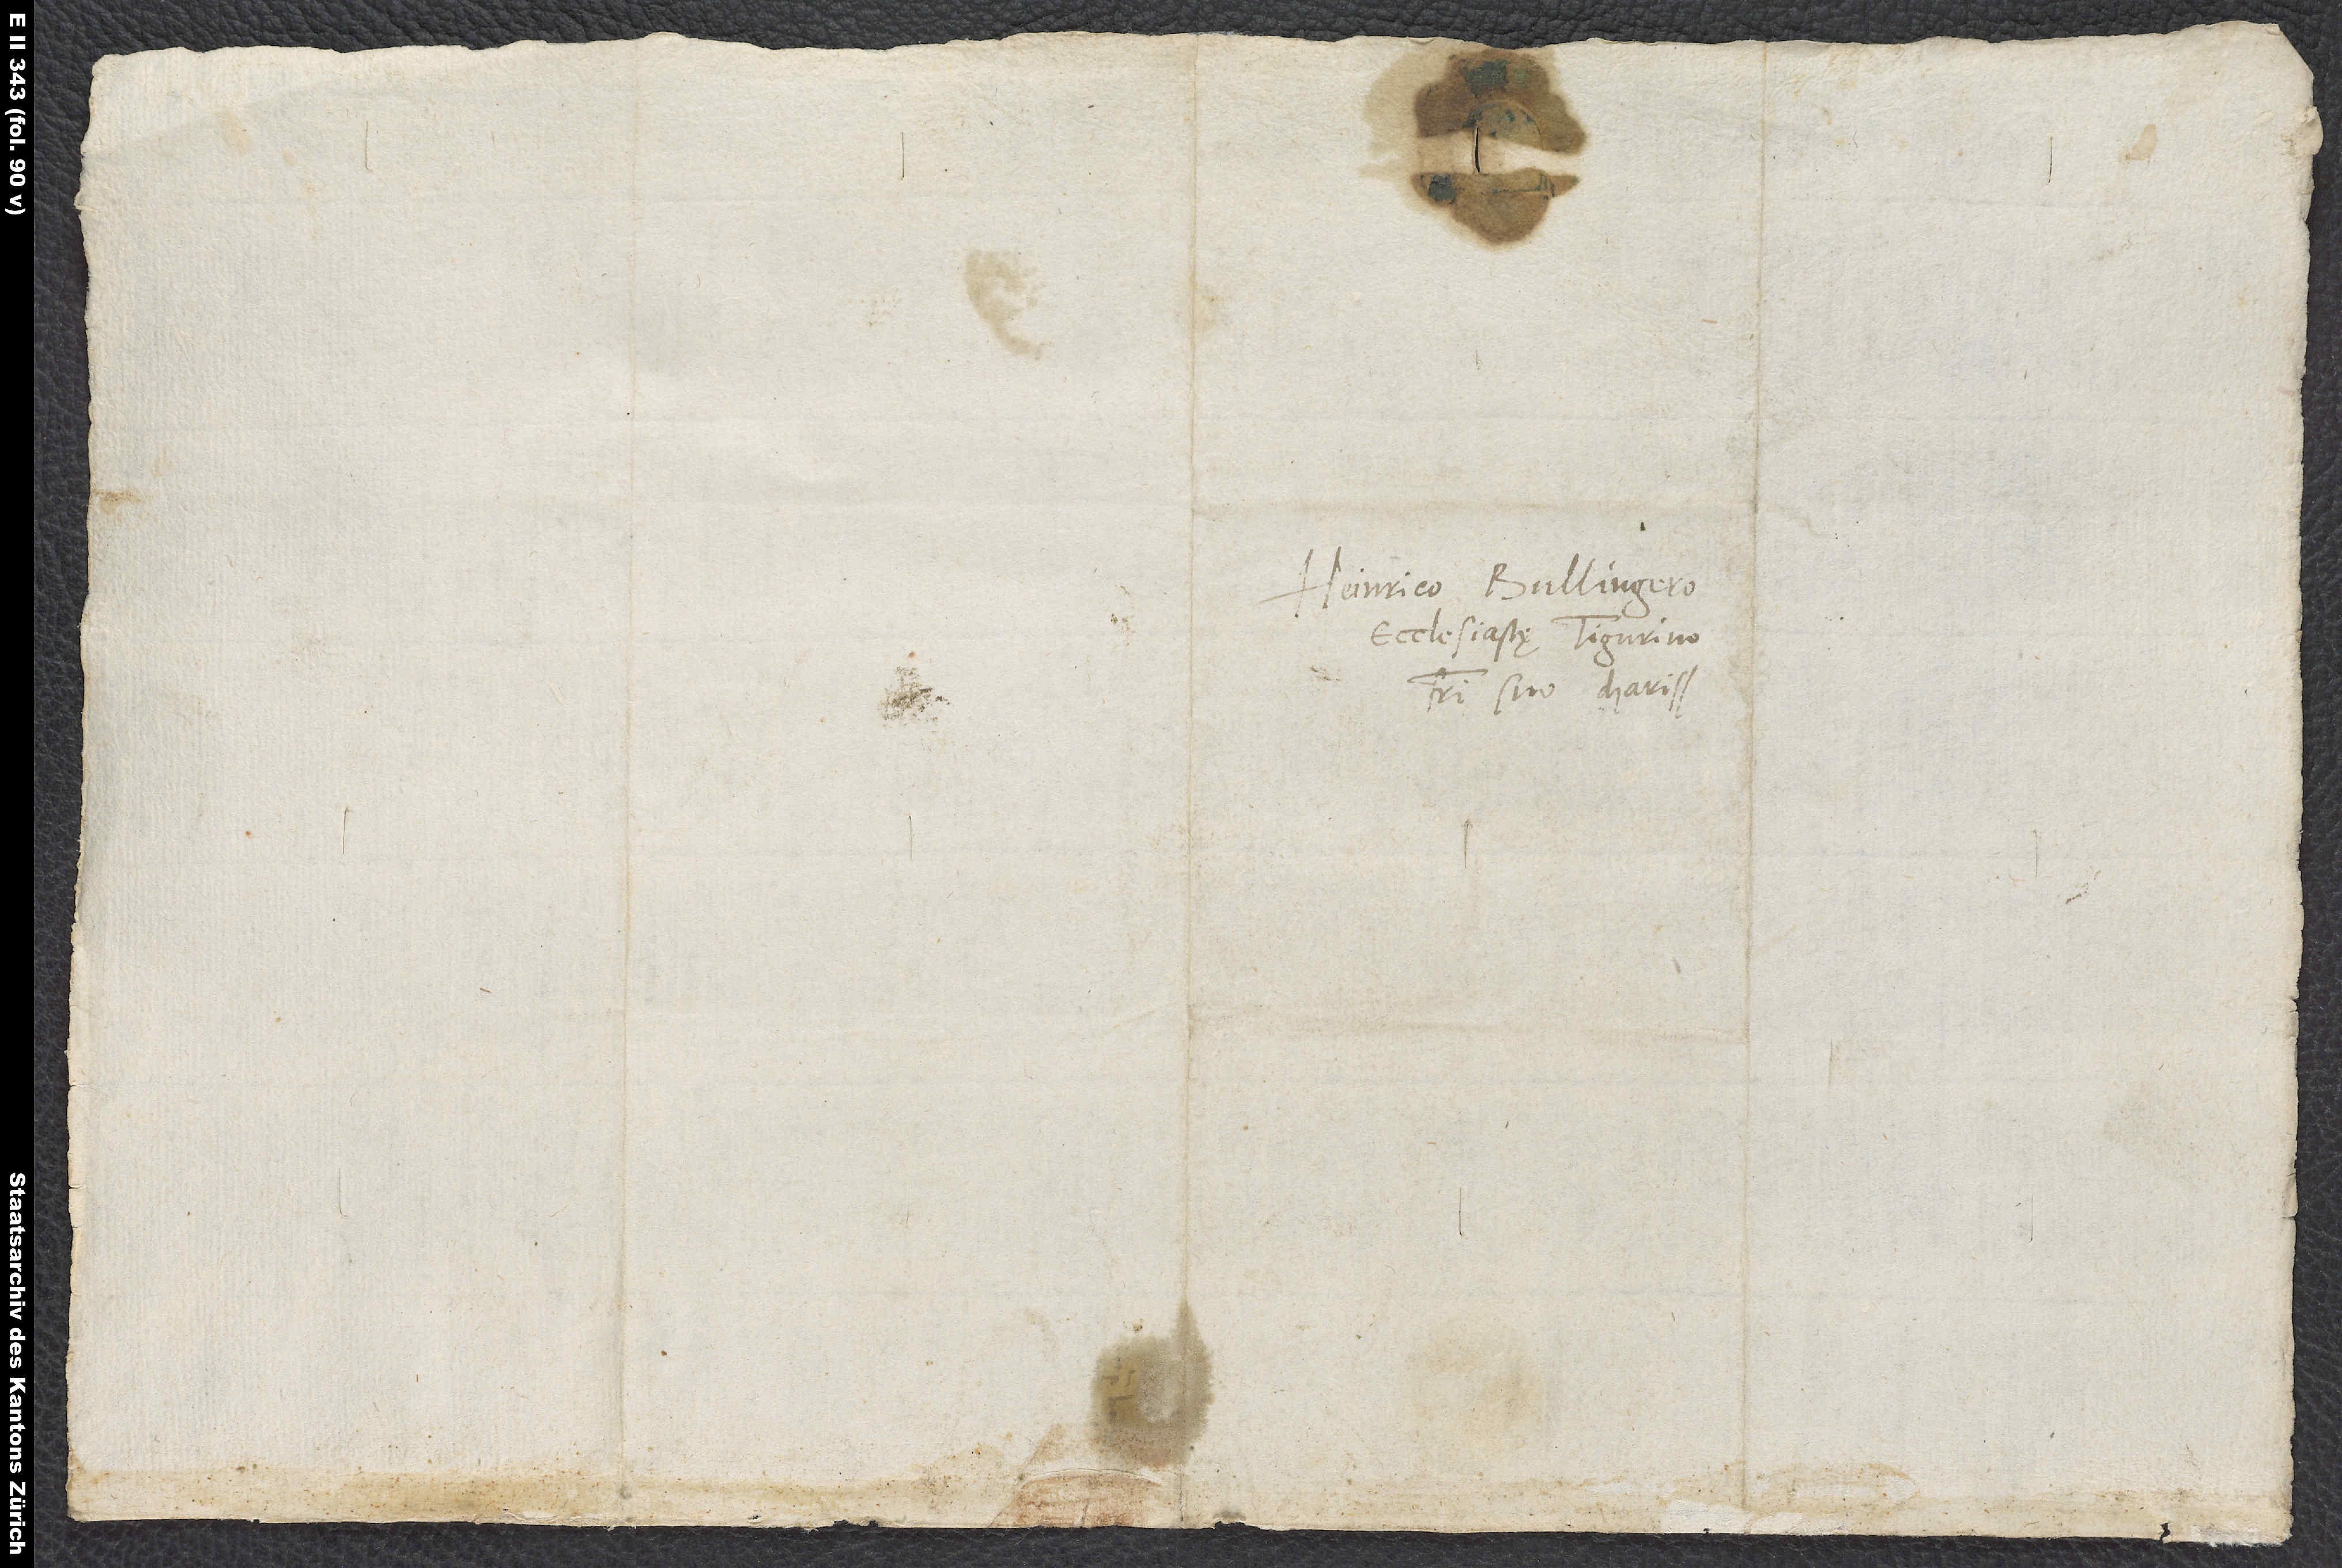
S.

Heinrico Bullingero,
ecclesiastę Tigurino,
fratri suo charissimo.